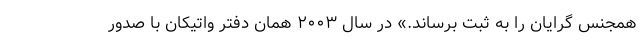
همجنس گرایان را به ثبت برساند.» در سال ۲۰۰۳ همان دفتر واتیکان با صدور